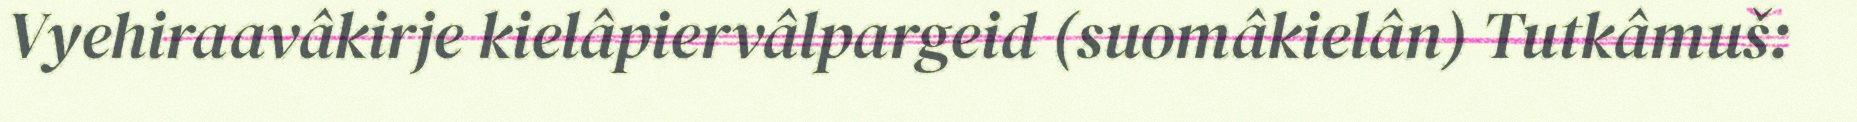
Vyehiraavâkirje kielâpiervâlpargeid (suomâkielân) Tutkâmuš: